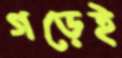
গড়েই